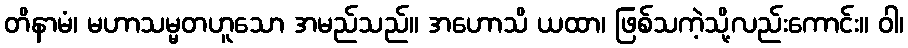
တိနာမံ၊ မဟာသမ္မတဟူသော အမည်သည်။ အဟောသိ ယထာ၊ ဖြစ်သကဲ့သို့လည်းကောင်း။ ဝါ၊